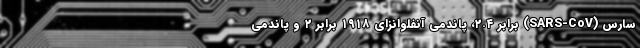
سارس (SARS-CoV) برابر ۲.۴، پاندمی آنفلوانزای ۱۹۱۸ برابر ۲ و پاندمی